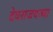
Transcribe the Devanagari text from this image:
देवराजयज्वा